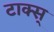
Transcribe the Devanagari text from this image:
टाक्स्